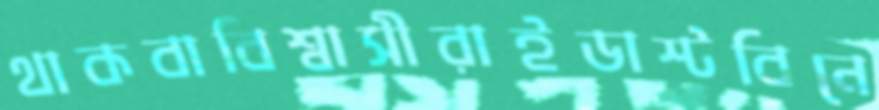
থাকবাবিশ্বাসীরাইডাস্টবিনে